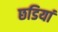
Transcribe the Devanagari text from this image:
छडियां